General report no. 6 on the lunatic asylums, vaccination and dispensaries in the Bengal Presidency, 1873 -
Year: 1873
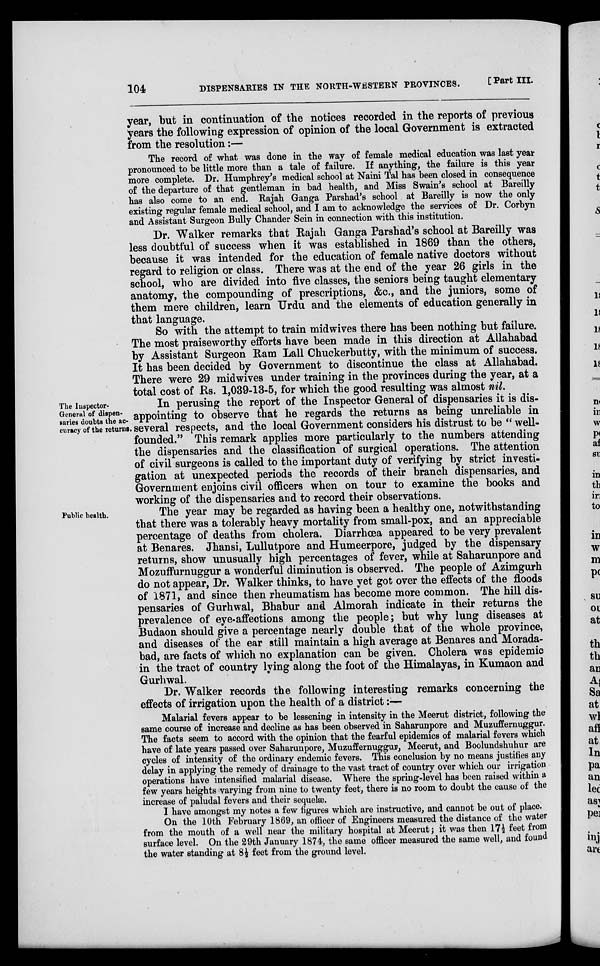
104
DISPENSARIES IN THE NOHTH-WESTERN PROVINCES.
[Part III.
year, but in continuation of the notices recorded in the reports of previous
years the following expression of opinion of the local Government is extracted
from the resolution:—
The record of what was done in the way of female medical education was last year
pronounced to be little more than a tale of failure. If anything, the failure is this year
more complete. Dr. Humphrey's medical school at Naini Tal has been closed in consequence
of the departure of that gentleman in bad health, and Miss Swain's school at Bareilly
has also come to an end. Rajah Ganga Parshad's school at Bareilly is now the only
existing regular female medical school, and I am to acknowledge the services of Dr. Corbyn
and Assistant Surgeon Bully Chander Sein in connection with this institution.
Dr. Walker remarks that Rajah Ganga Parstad's school at Bareilly was
less doubtful of success when it was established in 1869 than the others,
because it was intended for the education of female native doctors without
regard to religion or class. There was at the end of the year 26 girls in the
school, who are divided into five classes, the seniors being taught elementary
anatomy, the compounding of prescriptions, &c., and the juniors, some of
them mere children, learn Urdu and the elements of education generally in
that language.
So with the attempt to train midwives there has been nothing but failure.
The most praiseworthy efforts have been made in this direction at Allahabad
by Assistant Surgeon Ram Lall Chuckerbutty, with the minimum of success.
It has been decided by Government to discontinue the class at Allahabad.
There were 29 midwives under training in the provinces during the year, at a
total cost of Rs. 1,039,13,5, for which the good resulting was almost nil.
The Inspector¬
General of dispen-
saries doubts the ac-
curacy of the returns.
In perusing the report of the Inspector General of dispensaries it is dis-
appointing to observe that he regards the returns as being unreliable in
several respects, and the local Government considers his distrust to be " well.
founded." This remark applies more particularly to the numbers attending
the dispensaries and the classification of surgical operations. The attention
of civil surgeons is called to the important duty of verifying by strict investi-
gation at unexpected periods the records of their branch dispensaries, and
Government enjoins civil officers when on tour to examine the books and
working of the dispensaries and to record their observations.
Public health.
The year may be regarded as having been a healthy one, notwithstanding
that there was a tolerably heavy mortality from small-pox, and an appreciable
percentage of deaths from cholera. Diarrhœa appeared to be very prevalent
at Benares. Jhansi, Lullutpore and Humeerpore, judged by the dispensary
returns, show unusually high percentages of fever, while at Saharunpore and
Mozuffurnuggur a wonderful diminution is observed. The people of Azimgurh
do not appear, Dr. Walker thinks, to have yet got over the effects of the floods
of 1871, and since then rheumatism has become more common. The hill dis-
pensaries of Gurhwal, Bhabur and Almorah indicate in their returns the
prevalence of eye-affections among the people; but why lung diseases at
Budaon should give a percentage nearly double that of the whole province,
and diseases of the ear still maintain a high average at Benares and Morada.
bad, are facts of which no explanation can be given. Cholera was epidemic
in the tract of country lying along the foot of the Himalayas, in Kumaon and
Gurhwal.
Dr. Walker records the following interesting remarks concerning the
effects of irrigation upon the health of a district :—
Malarial fevers appear to be lessening in intensity in the Meerut district, following the
same course of increase and decline as has been observed in Saharunpore and MuzufEernuggur.
The facts seem to accord with the opinion that the fearful epidemics of malarial fevers which
have of late years passed over Saharunpore, MuzufEernuggur, Meerut, and Boolundshuhur are
cycles of intensity of the ordinary endemic fevers. This conclusion by no means justifies any
delay in applying the remedy of drainage to the vast tract of country over which our irrigation
operations have intensified malarial disease. Where the spring-level has been raised within a
few years heights varying from nine to twenty feet, there is no room to doubt the cause of the
increase of paludal fevers and their sequelæ.
I have amongst my notes a few figures which are instructive, and cannot be out of place.
On the 10th February 1869, an officer of Engineers measured the distance of the water
from the mouth of a well near the military hospital at Meerut; it was then 17½ feet from
surface level. On the 29th January 1874, the same officer measured the same well, and found
the water standing at 8½ feet from the ground level.